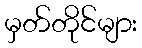
မှတ်တိုင်များ